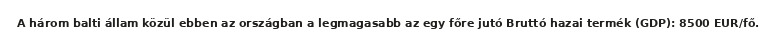
A három balti állam közül ebben az országban a legmagasabb az egy főre jutó Bruttó hazai termék (GDP): 8500 EUR/fő.